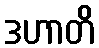
ဒဟာတိ